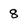
Character: 8